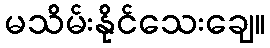
မသိမ်းနိုင်သေးချေ။